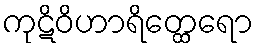
ကုဋိဝိဟာရိတ္ထေရော